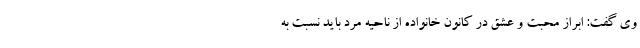
وی گفت: ابراز محبت و عشق در کانون خانواده از ناحیه مرد باید نسبت به